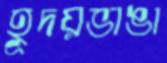
হূদয়ভাঙা